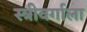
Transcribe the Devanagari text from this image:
स्त्रीवर्गाला